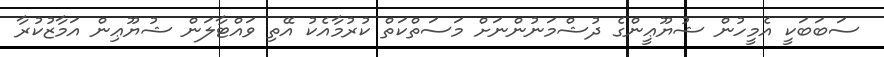
ސަބަބަކީ އެމީހުން ޝުޔޫޢީންގެ ދުޝްމަނުންނަށް މަސަތްކަތް ކުރުމާއެކު އޭތި ވައްޓާލަން ޝުޔޫޢިން އަމާޒުކުރާ